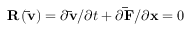
{ \bf { R } } \left( { { \bf { \bar { v } } } } \right) = \partial { \bf { \bar { v } } } / \partial t + \partial { \bf { \bar { F } } } / \partial { \bf { x } } = 0